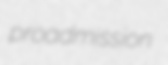
proadmission